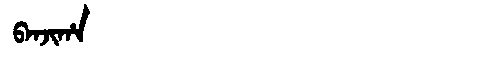
Manchu: ᠪᠠᠨᠵᡳᡥᠠ
Romanization: BANJIHA